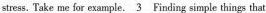
stress. Take me for example.\underline{3}Finding simple things that